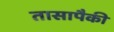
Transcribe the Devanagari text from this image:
तासापैकी